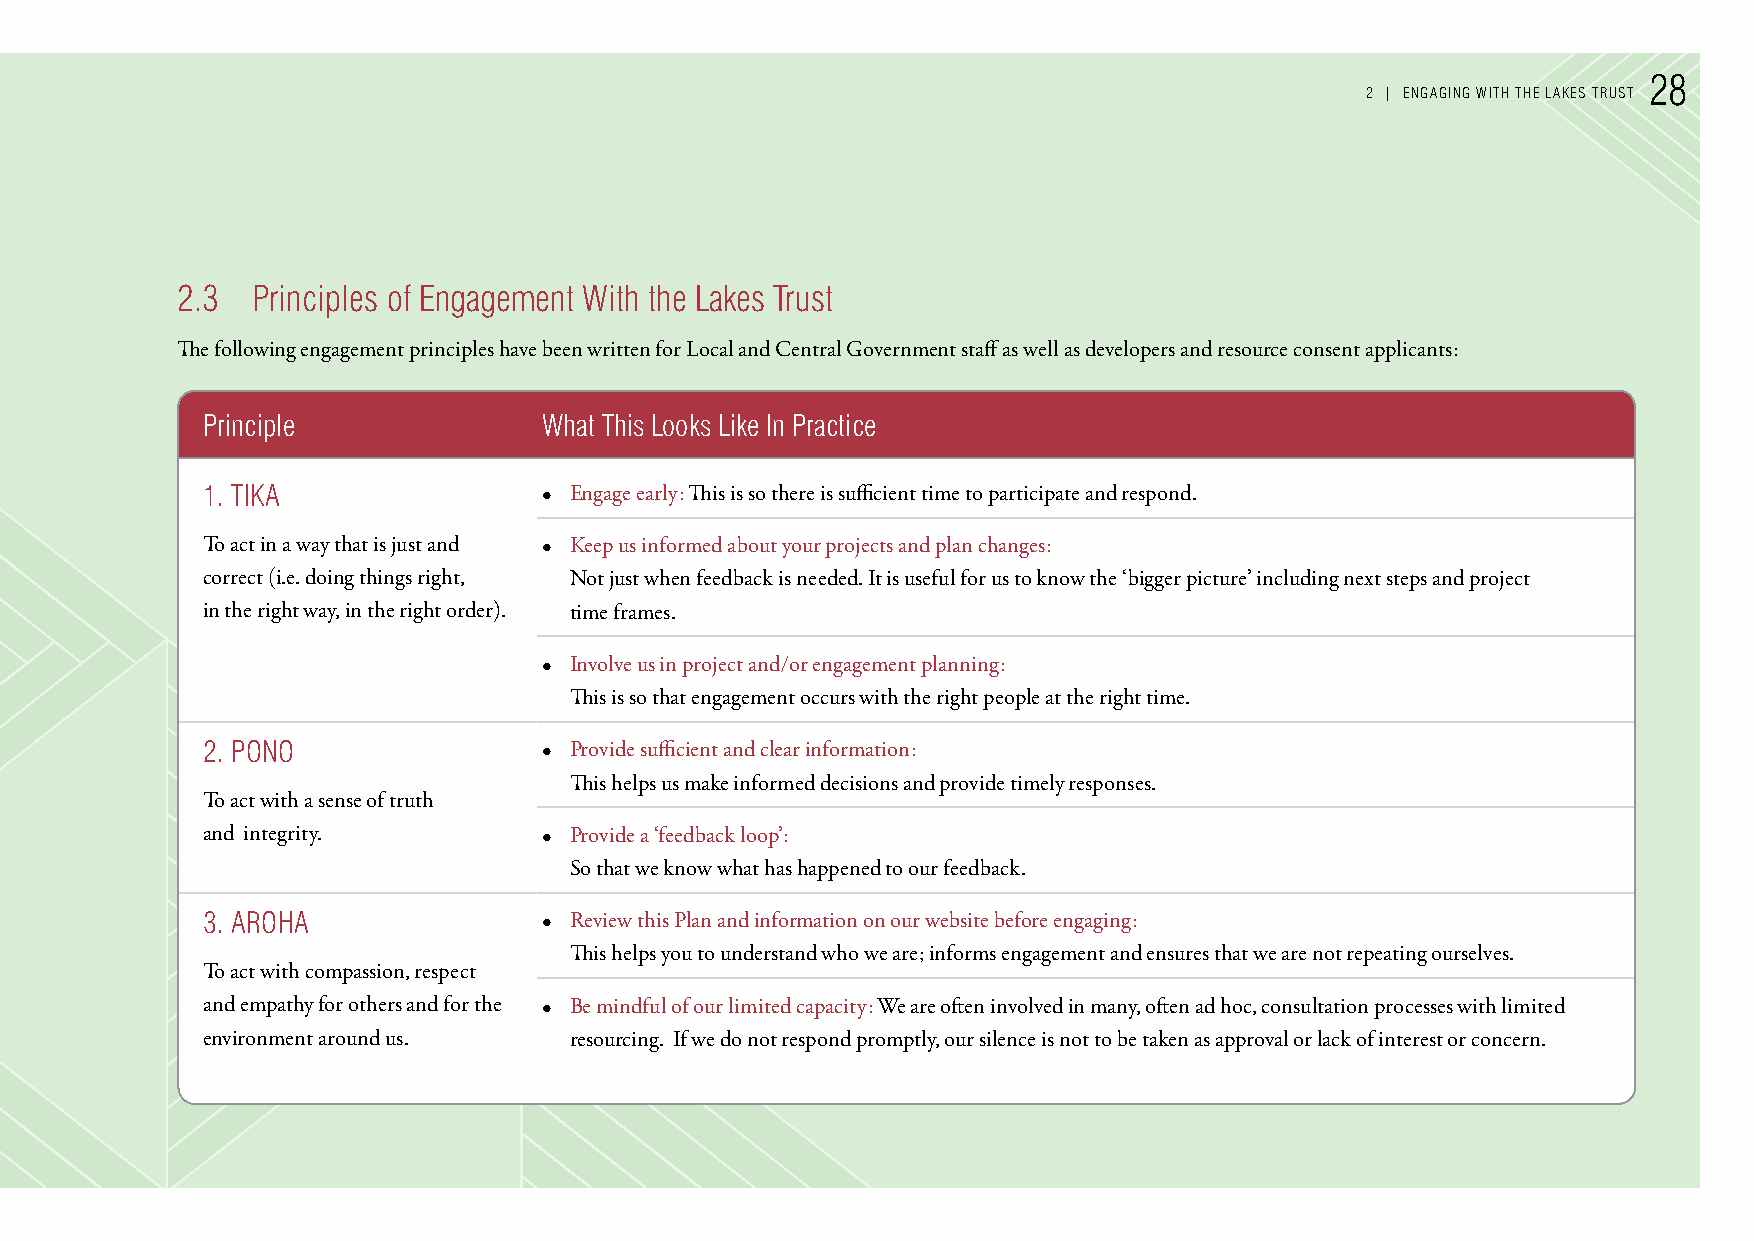
28
 2 | enGAGInG WITH THe LAkes TrusT
 2.3  Principles of engagement With the Lakes Trust
 The following engagement principles have been written for Local and Central Government staff as well as developers and resource consent applicants:
 Principle              What This Looks Like In Practice
 1. TIkA                • Engage early: This is so there is sufficient time to participate and respond.
 To act in a way that is just and • Keep us informed about your projects and plan changes:
 correct (i.e. doing things right, Not just when feedback is needed. It is useful for us to know the ‘bigger picture’ including next steps and project
 in the right way, in the right order). time frames.
 • Involve us in project and/or engagement planning:
 This is so that engagement occurs with the right people at the right time.
 2. Pono                • Provide sufficient and clear information:
 This helps us make informed decisions and provide timely responses.
 To act with a sense of truth
 and integrity.         • Provide a ‘feedback loop’:
 So that we know what has happened to our feedback.
 3. AroHA               • Review this Plan and information on our website before engaging:
 This helps you to understand who we are; informs engagement and ensures that we are not repeating ourselves.
 To act with compassion, respect
 and empathy for others and for the • Be mindful of our limited capacity: We are often involved in many, often ad hoc, consultation processes with limited
 environment around us.   resourcing. If we do not respond promptly, our silence is not to be taken as approval or lack of interest or concern.